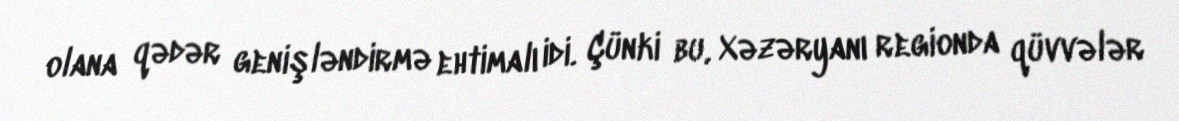
olana qədər genişləndirmə ehtimalı idi. Çünki bu, Xəzəryanı regionda qüvvələr